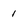
Character: 1